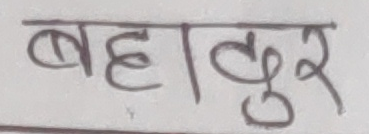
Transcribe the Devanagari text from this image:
बहादुर